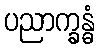
ပညာက္ခန္ဓံ